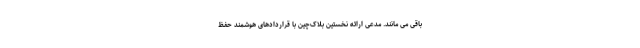
باقی می مانند. مدعی ارائه نخستین بلاک‌چین با قراردادهای هوشمند حفظ